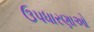
ઉપધારણાઓ